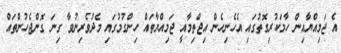
އެ ޖަމިއްޔާއިން ހާމަކުރިގޮތުގައި އެހެނިހެން އިޖްތިމާއީ ޖަމިއްޔާތައް ހިންގުމުގައި މެދުވެރިނުވާ ގިނަ ގޮންޖެހުންތައް